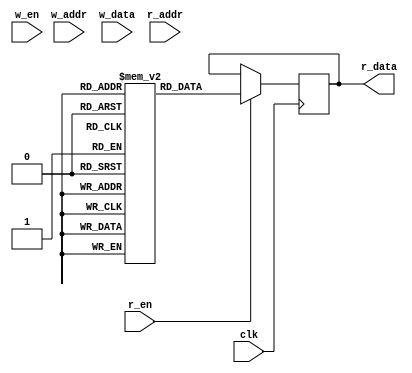
// 2p BRAM with Byte-wide Write Enable

`timescale 1ns/1ps

module iob_ram_2p_be
  #( 
     parameter HEXFILE = "none",
     parameter DATA_W = 0,
     parameter ADDR_W = 0
     ) 
   (
    input                   clk,

    //write port
    input [DATA_W/8-1:0]    w_en,
    input [ADDR_W-1:0]      w_addr,
    input [DATA_W-1:0]      w_data,

    //read port
    input                   r_en,
    input [ADDR_W-1:0]      r_addr,
    output reg [DATA_W-1:0] r_data
    );

   localparam COL_W = 8;
   localparam NUM_COL = DATA_W/COL_W;

`ifdef IS_CYCLONEV
   localparam file_suffix = {"7","6","5","4","3","2","1","0"};

   genvar                    i;
   generate
      for (i=0; i < NUM_COL; i=i+1) begin: ram_col
         localparam mem_init_file_int = (HEXFILE != "none")? {HEXFILE, "_", file_suffix[8*(i+1)-1 -: 8], ".hex"}: "none";

         iob_ram_2p
             #(
               .HEXFILE(mem_init_file_int),
               .ADDR_W(ADDR_W),
               .DATA_W(COL_W)
               ) ram
           (
            .clk   (clk),

            .w_en   (w_en[i]),
            .w_addr (w_addr),
            .w_data (w_data[i*COL_W +: COL_W]),
            .r_en   (r_en),
            .r_addr (r_addr),
            .r_data (r_data[i*COL_W +: COL_W])
            );
      end
   endgenerate
`else // !IS_CYCLONEV
   //this allows ISE 14.7 to work; do not remove
   localparam mem_init_file_int = HEXFILE;

   // Declare the RAM
   reg [DATA_W-1:0]         mem [(2**ADDR_W)-1:0];

   // Initialize the RAM
   initial
     if(mem_init_file_int != "none")
       $readmemh(mem_init_file_int, mem, 0, (2**ADDR_W) - 1);

   //read port
   always @(posedge clk)
      if(r_en)
        r_data <= mem[r_addr];

   //write port
   integer                   i;
   always @(posedge clk) begin
      for (i=0; i < NUM_COL; i=i+1) begin
         if (w_en[i]) begin
            mem[w_addr][i*COL_W +: COL_W] <= w_data[i*COL_W +: COL_W];
         end
      end
   end
`endif

endmodule